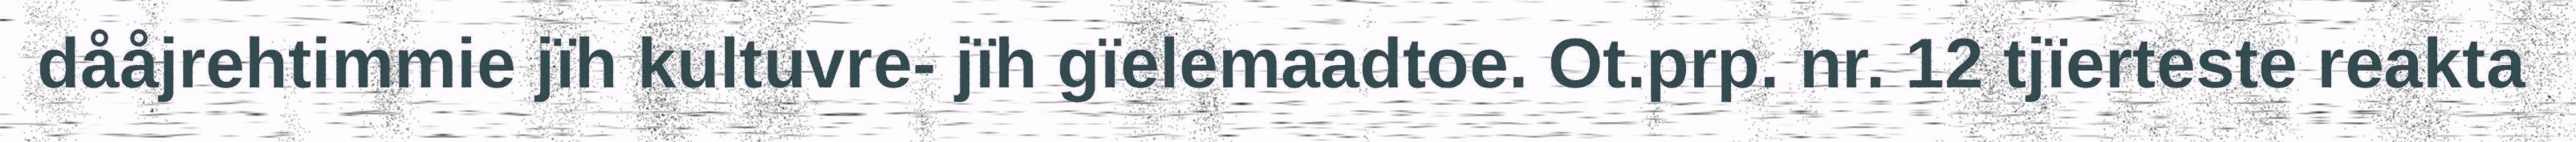
dååjrehtimmie jïh kultuvre- jïh gïelemaadtoe. Ot.prp. nr. 12 tjïerteste reakta